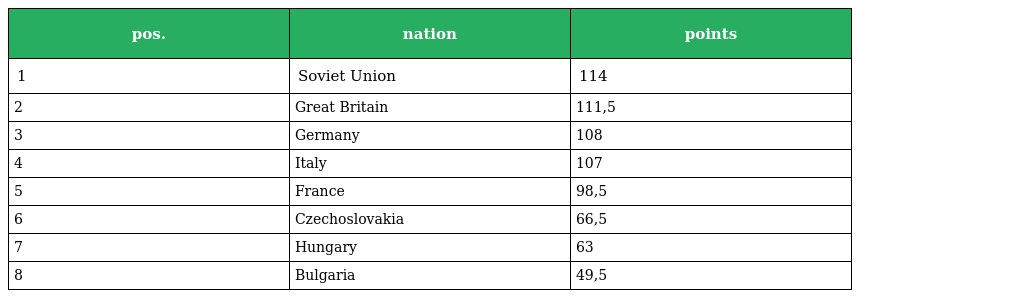
| pos. | nation | points |
 | --- | --- | --- |
 | 1 | Soviet Union | 114 |
 | 2 | Great Britain | 111,5 |
 | 3 | Germany | 108 |
 | 4 | Italy | 107 |
 | 5 | France | 98,5 |
 | 6 | Czechoslovakia | 66,5 |
 | 7 | Hungary | 63 |
 | 8 | Bulgaria | 49,5 |